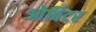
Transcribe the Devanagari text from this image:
ओर्बिटर